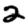
Digit: 2